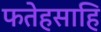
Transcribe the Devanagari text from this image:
फतेहसाहि